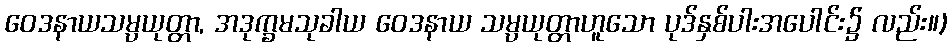
ဝေဒနာယသမ္ပယုတ္တာ, အဒုက္ခမသုခါယ ဝေဒနာယ သမ္ပယုတ္တာဟူသော ပုဒ်နှစ်ပါးအပေါင်း၌ လည်း။)